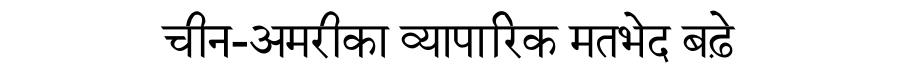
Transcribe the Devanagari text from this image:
चीन-अमरीका व्यापारिक मतभेद बढ़े